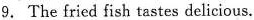
9. The fried fish tastes delicious.